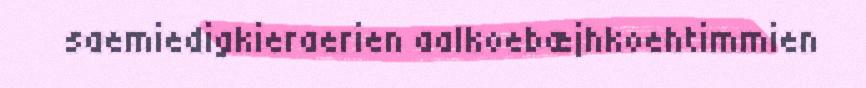
saemiedigkieraerien aalkoebæjhkoehtimmien